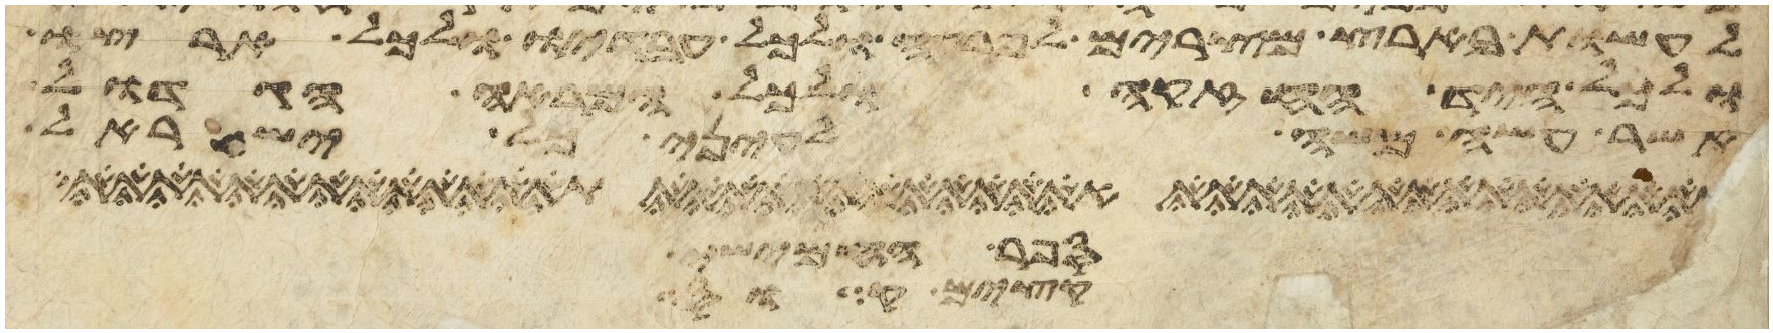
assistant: לעשות בארץ מצרים לפרעה ולכל עבדיו ולכל ארצו
ולכל היד החזקה ולכל המראה הגדול
אשר עשה משה לעיני כל ישראל
תספרו חמשים
וקציר קור